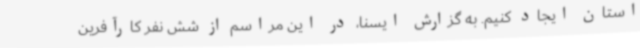
استان ایجاد کنیم. به گزارش ایسنا، در این مراسم از شش نفر کارآفرین